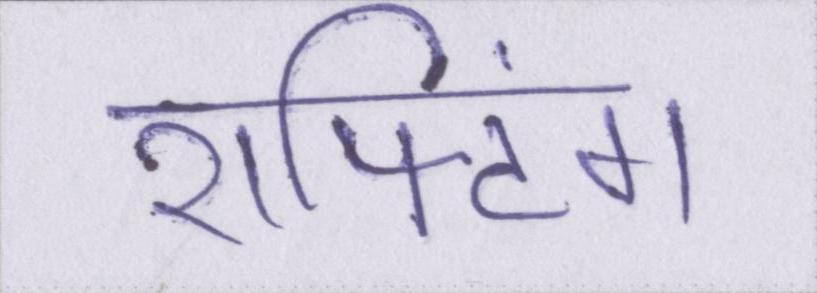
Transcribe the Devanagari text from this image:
राफ्टिंग